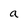
Character: a